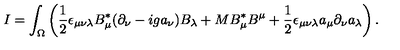
I = \int _ { \Omega } \left( \frac { 1 } { 2 } \epsilon _ { \mu \nu \lambda } B _ { \mu } ^ { * } ( \partial _ { \nu } - i g a _ { \nu } ) B _ { \lambda } + M B _ { \mu } ^ { * } B ^ { \mu } + \frac { 1 } { 2 } \epsilon _ { \mu \nu \lambda } a _ { \mu } \partial _ { \nu } a _ { \lambda } \right) .